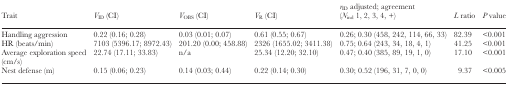
<table><thead><tr><td><b>Trait</b></td><td><b><i>V</i><sub>ID</sub> (CI)</b></td><td><b><i>V</i><sub>OBS</sub> (CI)</b></td><td><b><i>V</i><sub>R</sub> (CI)</b></td><td><b><i>r</i><sub>ID</sub> adjusted; agreement (<i>N</i><sub>ind</sub> 1, 2, 3, 4, +)</b></td><td><b><i>L</i> ratio</b></td><td><b><i>P</i> value</b></td></tr></thead><tbody><tr><td>Handling aggression</td><td>0.22 (0.16; 0.28)</td><td>0.03 (0.01; 0.07)</td><td>0.61 (0.55; 0.67)</td><td>0.26; 0.30 (458, 242, 114, 66, 33)</td><td>82.39</td><td>&lt;0.001</td></tr><tr><td>HR (beats/min)</td><td>7103 (5396.17; 8972.43)</td><td>201.20 (0.00; 458.88)</td><td>2326 (1655.02; 3411.38)</td><td>0.75; 0.64 (243, 34, 18, 4, 1)</td><td>41.25</td><td>&lt;0.001</td></tr><tr><td>Average exploration speed (cm/s)</td><td>22.74 (17.11; 33.83)</td><td>n/a</td><td>25.34 (12.20; 32.10)</td><td>0.47; 0.40 (385, 89, 19, 1, 0)</td><td>17.10</td><td>&lt;0.001</td></tr><tr><td>Nest defense (m)</td><td>0.15 (0.06; 0.23)</td><td>0.14 (0.03; 0.44)</td><td>0.22 (0.14; 0.30)</td><td>0.30; 0.52 (196, 31, 7, 0, 0)</td><td>9.37</td><td>&lt;0.005</td></tr></tbody></table>